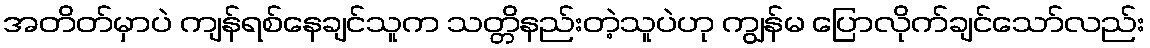
အတိတ်မှာပဲ ကျန်ရစ်နေချင်သူက သတ္တိနည်းတဲ့သူပဲဟု ကျွန်မ ပြောလိုက်ချင်သော်လည်း